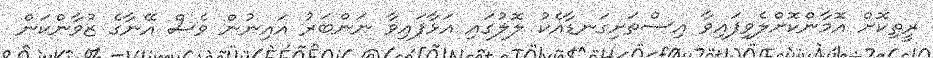
ރީތިކޮށް އޮމާންކޮށްލެވިފައިވާ އިސްތަށިގަނޑާއެކު ލޮލުގައި އަޅާފައިވާ ނަންބަރު އައިނުން ވެސް އޭނާގެ ޒުވާންކަން